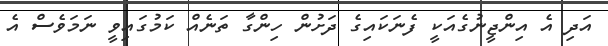
އަދި އެ އިންޖީނުގެއަކީ ފެނަކައިގެ ދަށުން ހިންގާ ތަނެއް ކަމުގައިވީ ނަމަވެސް އެ